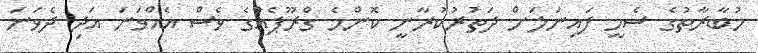
މުބާރާތުގެ ސެމީ ފައިނަލަށް ދަތުރުކުރާނީ ކޮންމެ ގްރޫޕެއްގެ ވެސް އެއްވަނަ އަދި ދެވަނަ